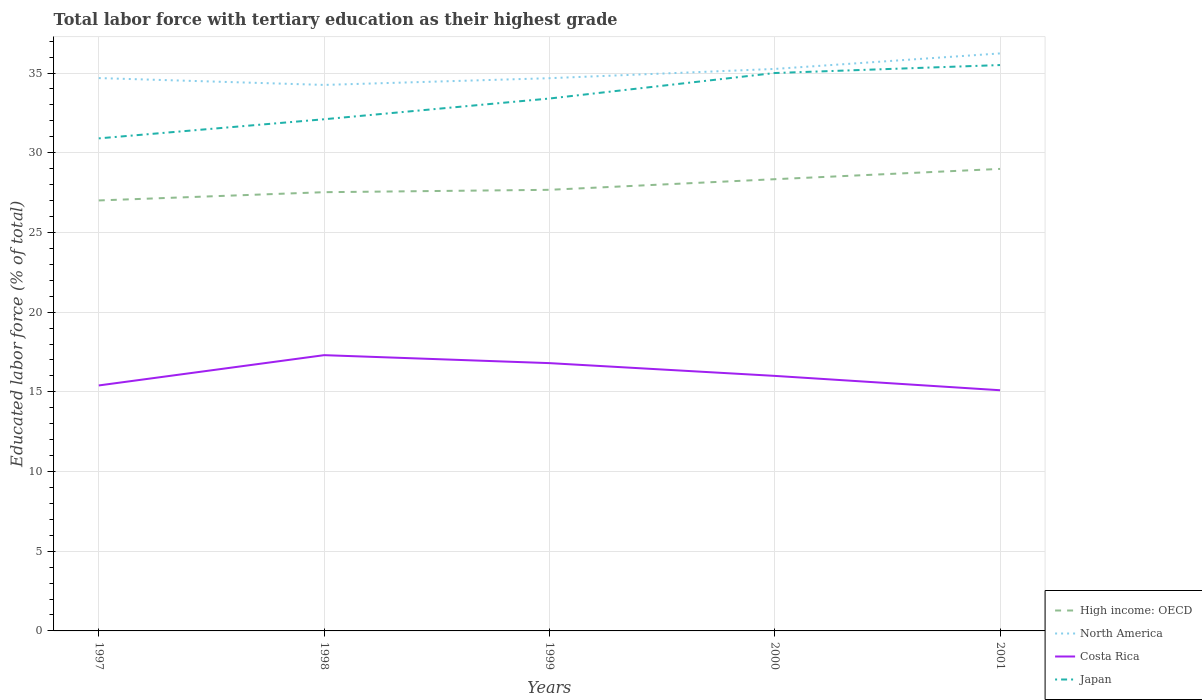
| Years | High income: OECD | North America | Costa Rica | Japan |
 | --- | --- | --- | --- | --- |
 | 1997 | 27 | 34.7 | 15.4 | 30.9 |
 | 1998 | 27.5 | 34.3 | 17.3 | 32.1 |
 | 1999 | 27.7 | 34.7 | 16.8 | 33.4 |
 | 2000 | 28.3 | 35.3 | 16 | 35 |
 | 2001 | 29 | 36.2 | 15.1 | 35.5 |